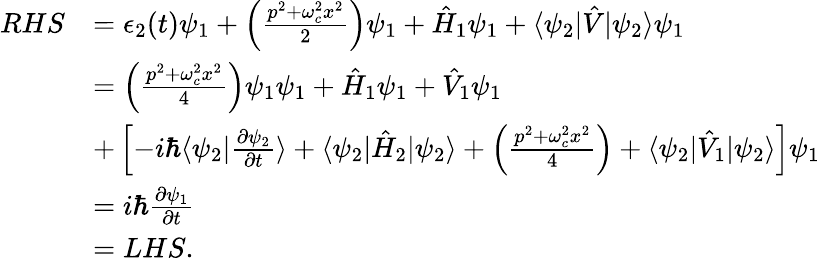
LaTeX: \begin{array}{rl}{RHS}&{=\epsilon_{2}(t)\psi_{1}+\left(\frac{p^{2}+\omega_{c}^{2}x^{2}}{2}\right)\psi_{1}+\hat{H}_{1}\psi_{1}+\langle\psi_{2}|\hat{V}|\psi_{2}\rangle\psi_{1}}\\ &{=\left(\frac{p^{2}+\omega_{c}^{2}x^{2}}{4}\right)\psi_{1}\psi_{1}+\hat{H}_{1}\psi_{1}+\hat{V}_{1}\psi_{1}}\\ &{+\left[-i\hbar\langle\psi_{2}|\frac{\partial\psi_{2}}{\partial t}\rangle+\langle\psi_{2}|\hat{H}_{2}|\psi_{2}\rangle+\left(\frac{p^{2}+\omega_{c}^{2}x^{2}}{4}\right)+\langle\psi_{2}|\hat{V}_{1}|\psi_{2}\rangle\right]\psi_{1}}\\ &{=i\hbar\frac{\partial\psi_{1}}{\partial t}}\\ &{=LHS.}\end{array}